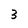
Character: 3